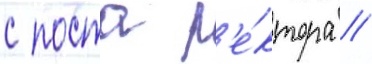
с поста р'е́ктора //